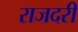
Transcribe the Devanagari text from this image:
राजदरी